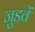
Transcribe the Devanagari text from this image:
जुडवें